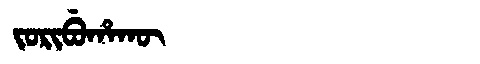
Manchu: ᠵᠣᡵᡳᠪᡠᡥᠠᡴᡡ
Romanization: JORIBUHAKŪ